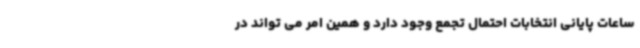
ساعات پایانی انتخابات احتمال تجمع وجود دارد و همین امر می تواند در